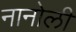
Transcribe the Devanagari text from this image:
नानोली